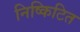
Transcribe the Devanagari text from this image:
निष्किटित